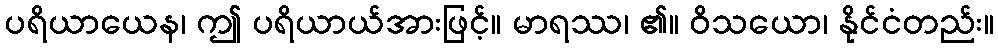
ပရိယာယေန၊ ဤ ပရိယာယ်အားဖြင့်။ မာရဿ၊ ၏။ ဝိသယော၊ နိုင်ငံတည်း။